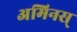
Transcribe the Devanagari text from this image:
अमिनस्